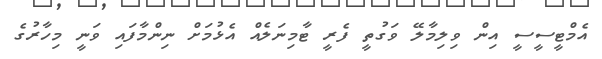
އެމްޓީސީސީ އިން ވިލިމާލޭ ވަގުތީ ފެރީ ޓާމިނަލެއް އެޅުމަށް ނިންމާފައި ވަނީ މިހާރުގެ